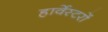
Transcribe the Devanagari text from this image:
हार्वेस्टरों